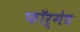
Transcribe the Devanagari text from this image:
फॉर्गेट